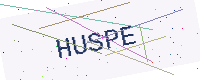
Text: HUSPE